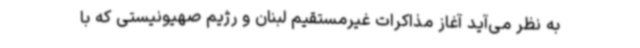
به نظر می‌آید آغاز مذاکرات غیرمستقیم لبنان و رژیم صهیونیستی که با